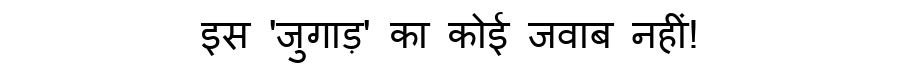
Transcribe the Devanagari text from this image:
इस 'जुगाड़' का कोई जवाब नहीं!